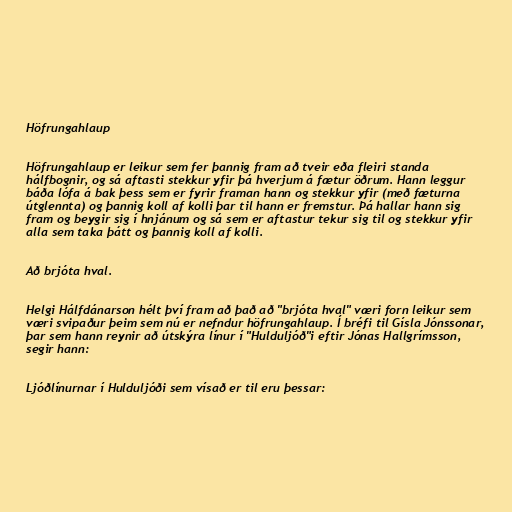
Höfrungahlaup

Höfrungahlaup er leikur sem fer þannig fram að tveir eða fleiri standa
hálfbognir, og sá aftasti stekkur yfir þá hverjum á fætur öðrum. Hann leggur
báða lófa á bak þess sem er fyrir framan hann og stekkur yfir (með fæturna
útglennta) og þannig koll af kolli þar til hann er fremstur. Þá hallar hann sig
fram og beygir sig í hnjánum og sá sem er aftastur tekur sig til og stekkur yfir
alla sem taka þátt og þannig koll af kolli.

Að brjóta hval.

Helgi Hálfdánarson hélt því fram að það að "brjóta hval" væri forn leikur sem
væri svipaður þeim sem nú er nefndur höfrungahlaup. Í bréfi til Gísla Jónssonar,
þar sem hann reynir að útskýra línur í "Hulduljóð"i eftir Jónas Hallgrímsson,
segir hann:

Ljóðlínurnar í Hulduljóði sem vísað er til eru þessar: